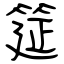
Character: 筵